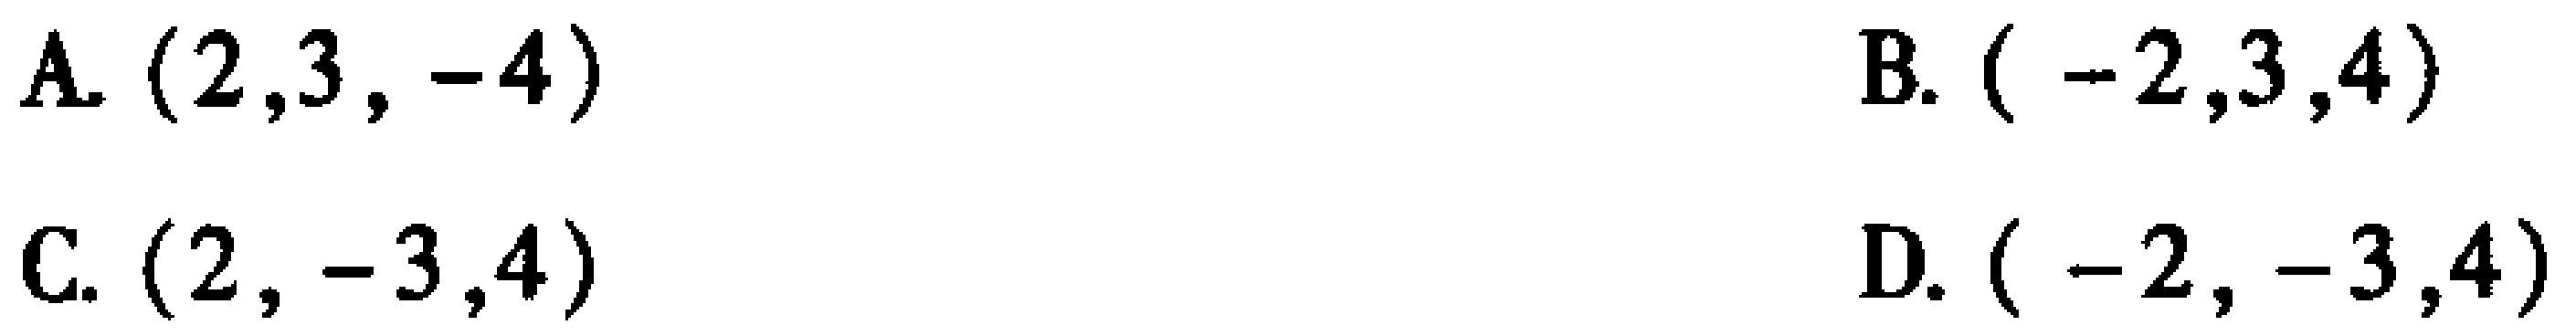
5. (2023·广东模拟)如图，在平面直角坐标系中，点\(A(-3,0)\)，\(B(-1,0)\)，\(C,D\)是\(y\)轴上的两个动点，且\(CD = 3\)，连接\(AD,BC\)，则\(AD +\)